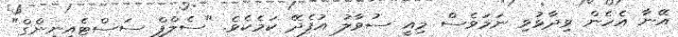
އޭނާ އެހެން ވިދާޅުވި ނަމަވެސް މިއީ ސުވާލު އުފެދޭ ކަމެކެވެ. "ސެލްފް ސަސްޓެއިނިންގް"